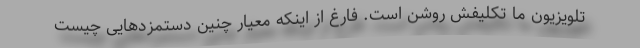
تلویزیون ما تکلیفش روشن است. فارغ از اینکه معیار چنین دستمزدهایی چیست